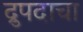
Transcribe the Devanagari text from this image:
द्रुपदाचा